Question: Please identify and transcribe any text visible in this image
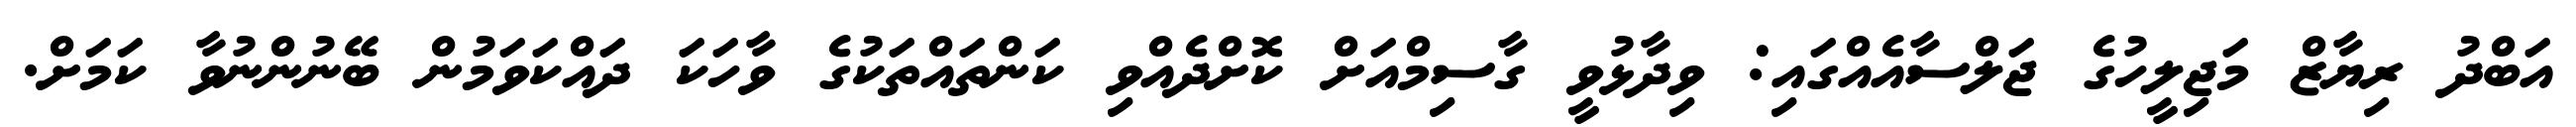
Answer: އަބްދު ރިޔާޒް މަޖިލީހުގެ ޖަލްސާއެއްގައި: ވިދާޅުވީ ގާސިމްއަށް ކޮށްދެއްވި ކަންތައްތަކުގެ ވާހަކަ ދައްކަވަމުން ބޭނުންނުވާ ކަމަށް.